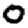
Digit: 0